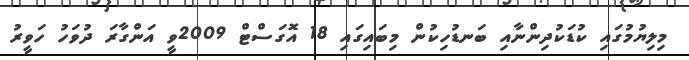
މިލިޔުމުގައި ކުޑަކުދިންނާއި ބަނޑުހިކުން މިބައިގައި 18 އޮގަސްޓް 2009ވީ އަންގާރަ ދުވަހު ހަވީރު